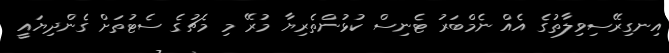
އިނގިރޭސިވިލާތުގެ އެއް ނެމްބަރު ޓެނިސް ކުޅުންތެރިޔާ މުރޭ މި މެޗުގެ ސެޓުތަށް ގެންދިޔައީ